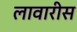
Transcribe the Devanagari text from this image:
लावारीस